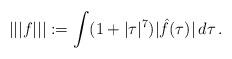
LaTeX: \begin{align*}|||f|||:=\int (1+|\tau|^{7})|\hat f(\tau)| \,d\tau\,.\end{align*}